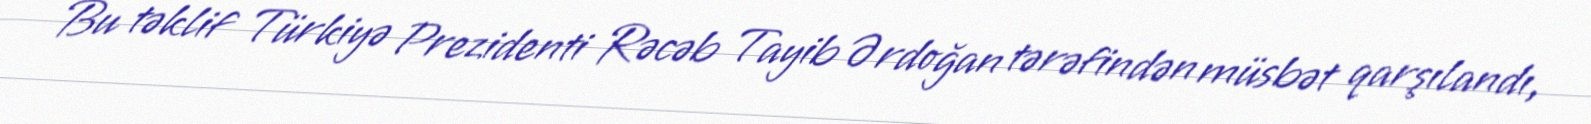
Bu təklif Türkiyə Prezidenti Rəcəb Tayib Ərdoğan tərəfindən müsbət qarşılandı,